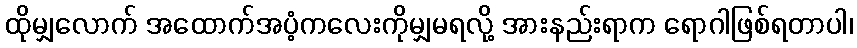
ထိုမျှလောက် အထောက်အပံ့ကလေးကိုမျှမရလို့ အားနည်းရာက ရောဂါဖြစ်ရတာပါ၊